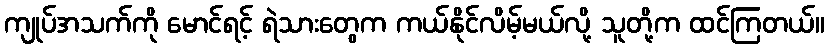
ကျုပ်အသက်ကို မောင်ရင့် ရဲသားတွေက ကယ်နိုင်လိမ့်မယ်လို့ သူတို့က ထင်ကြတယ်။